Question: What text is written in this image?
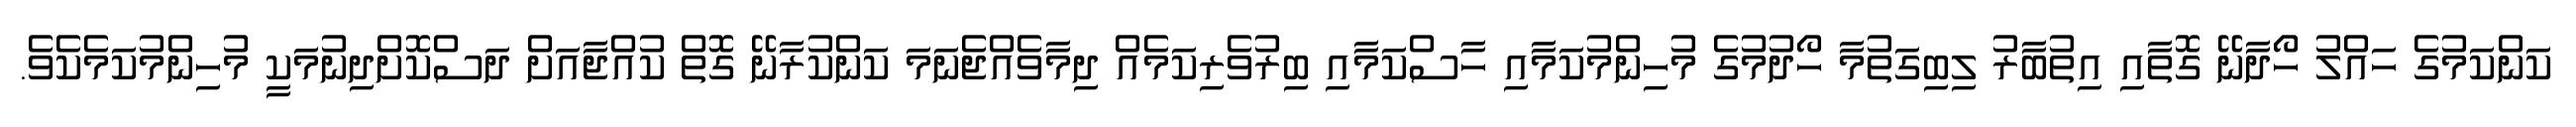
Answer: ކަންކަމުގެ ހައްލު ހޯދާނޭ ގޮތާއި އިތުބާރު ލިބިގަތުމާ ހޯދުމުގެ މުހިންމުކަމާއި ހާސްކަމާއި ބިރުވެރިކަމެއް ދިމާވެއްޖެނަމަ ކަންކުރާނޭ ގޮތް ކުއްޖާއަށް ދަސްކޮށްދިނުމަކީ މުހިންމުކަމެކެވެ.